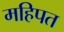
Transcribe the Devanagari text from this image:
महिपत